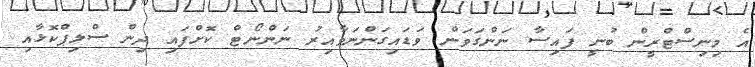
އެ މިނިސްޓްރީން ބުނީ ފައިސާ ނަންގަވަން ވަޑައިގަންނަވާއިރު ނަންނޯޓް ކޮށްފައި ދިން ސްލިޕްކޮޅާއި